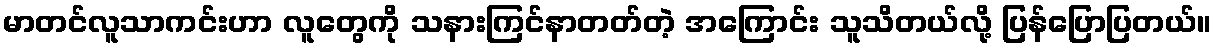
မာတင်လူသာကင်းဟာ လူတွေကို သနားကြင်နာတတ်တဲ့ အကြောင်း သူသိတယ်လို့ ပြန်ပြောပြတယ်။